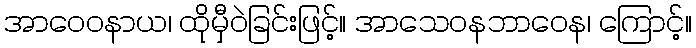
အာဝေဝနာယ၊ ထိုမှီဝဲခြင်းဖြင့်။ အာသေဝနဘာဝေန၊ ကြောင့်။